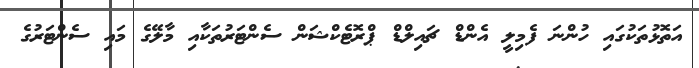
އަތޮޅުތަކުގައި ހުންނަ ފެމިލީ އެންޑް ޗައިލްޑް ޕްރޮޓެކްޝަން ސެންޓަރުތަކާއި މާލޭގެ މައި ސެންޓަރުގެ